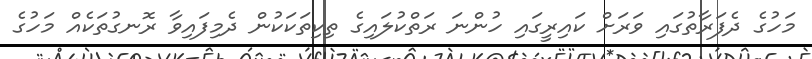
މަހުގެ ދެފަރާތުގައި ވަރަށް ކައިރީގައި ހުންނަ ރަތްކުލައިގެ ތިކިތަކަކުން ދެމިފައިވާ ރޮނގުތަކެއް މަހުގެ